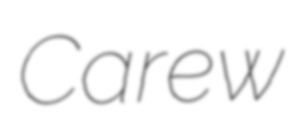
Carew